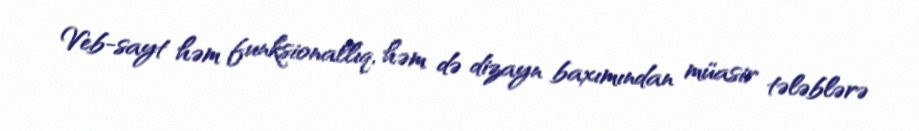
Veb-sayt həm funksionallıq, həm də dizayn baxımından müasir tələblərə